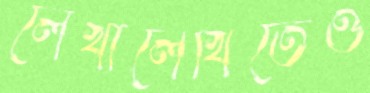
লেখালেখিতেও